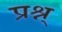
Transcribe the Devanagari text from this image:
प्रश्न्